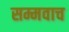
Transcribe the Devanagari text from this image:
सम्मवाच